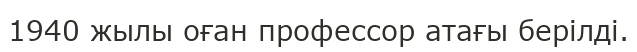
1940 жылы оған профессор атағы берілді.